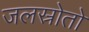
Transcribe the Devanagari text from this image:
जलस्रोतो